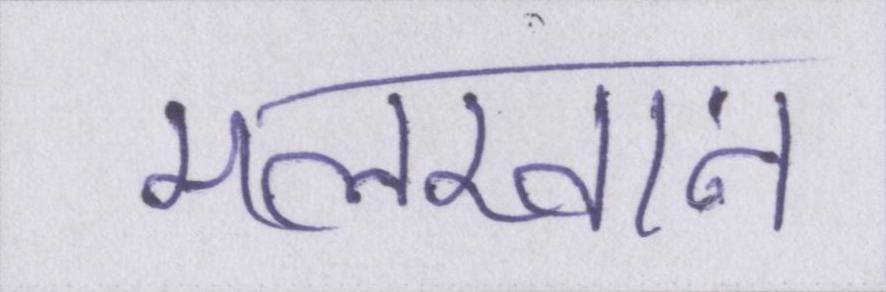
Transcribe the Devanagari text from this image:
मलखान